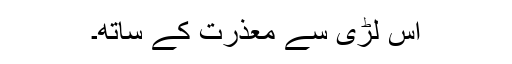
اس لڑی سے معذرت کے ساتھ۔